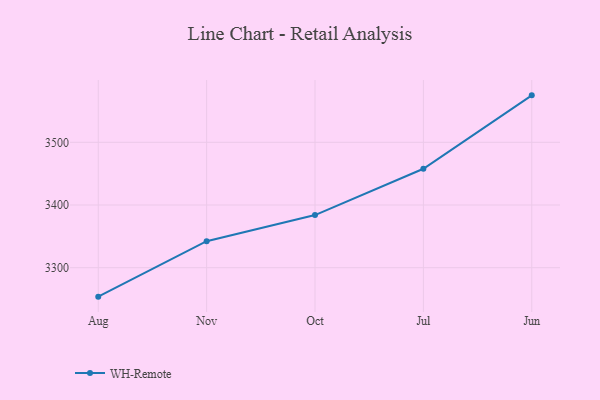
{"axis": {"x": "Month", "y": "Demand Index"}, "legend": ["WH-Remote"], "data": [{"x": "Aug", "y": 3253.8, "type": "WH-Remote"}, {"x": "Nov", "y": 3342.3, "type": "WH-Remote"}, {"x": "Oct", "y": 3383.9, "type": "WH-Remote"}, {"x": "Jul", "y": 3457.8, "type": "WH-Remote"}, {"x": "Jun", "y": 3574.9, "type": "WH-Remote"}]}